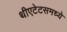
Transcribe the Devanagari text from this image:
थीएटेटसमध्ये